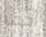
أحفر